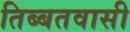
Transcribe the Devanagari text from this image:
तिब्बतवासी